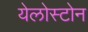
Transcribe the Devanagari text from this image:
येलोस्टोन